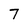
Character: 7